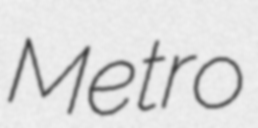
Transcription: Metro